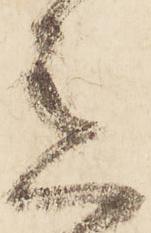
意